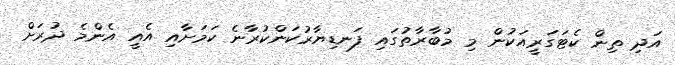
އަދި ތިން ކެޓަގަރީއަކުން މި މުބާރާތުގައި ފަނޑިޔާރުކަންކުރާނެ ކަމަށާއި އެއީ އެންމެ ދުރަށް